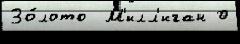
Зо́лото  М'илл'иган 0